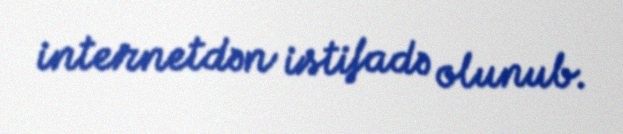
internetdən istifadə olunub.